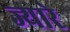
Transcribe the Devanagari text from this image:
ज्यारे